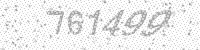
Solution: 761499